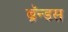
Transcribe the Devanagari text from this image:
ब्रॅन्डस